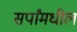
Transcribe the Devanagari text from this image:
सर्पांमधील